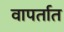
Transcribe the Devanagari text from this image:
वापर्तात